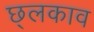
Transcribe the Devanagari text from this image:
छ्लकाव